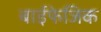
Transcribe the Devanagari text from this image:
बाईफेजिक